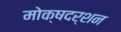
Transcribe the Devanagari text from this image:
मोक्षदर्शन